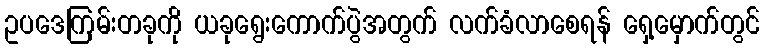
ဥပဒေကြမ်းတခုကို ယခုရွေးကောက်ပွဲအတွက် လက်ခံလာစေရန် ရှေ့မှောက်တွင်